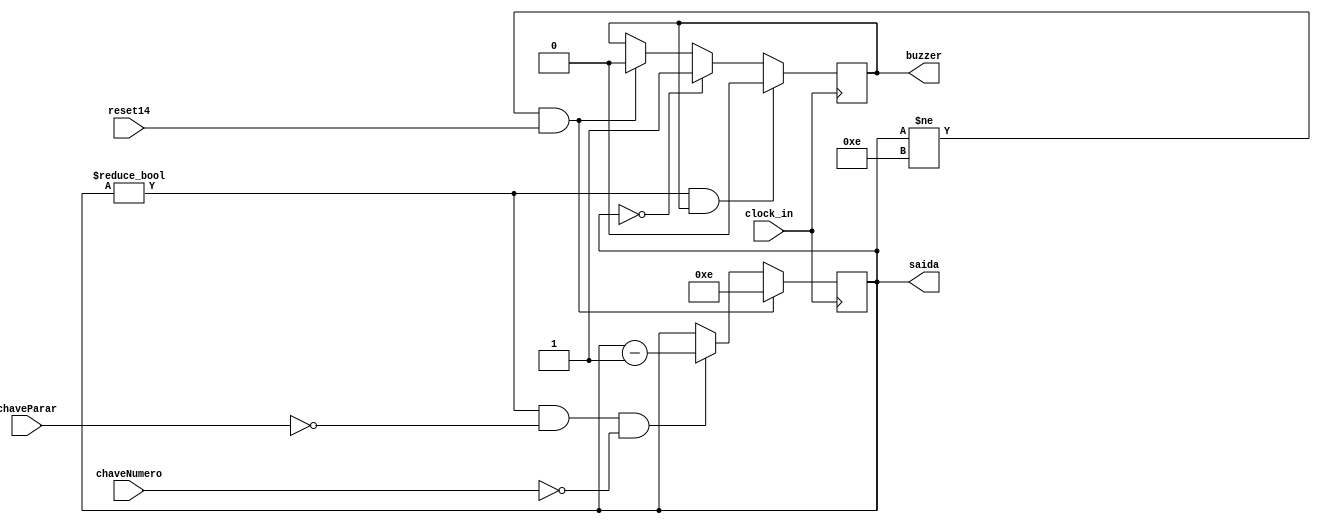
module cronometroRegressivo14(clock_in, reset14, chaveParar, chaveNumero, saida, buzzer);

	//entradas
	input clock_in, chaveParar, reset14, chaveNumero;
	
	//saidas
	output[4:0] saida;
	output buzzer;
		
	//Registrador
	reg [4:0] counter;
	reg nBuzzer;

	initial counter = 5'b01110;
	initial nBuzzer = 1'b0;
	
	assign saida = counter;
	assign buzzer = nBuzzer;
	
	always @(negedge clock_in)
	begin
		if ( counter != 5'b00000 && chaveParar == 1'b0 && chaveNumero == 1'b0) // Verificar se  diferente de 0
		begin
			counter <= counter - 1; // A cada mudana do clock o counter  decrementado
		end
		if (counter != 5'b01110 && reset14 == 1'b1)
		begin 
			nBuzzer <= 1'b0;
			counter <= 5'b01110;
		end 
		if ( counter == 5'b00000)
		begin 
			nBuzzer <= 1'b1; //Ativa o buzzer
		end 
		if (counter != 5'b00000 && nBuzzer == 1'b1)
		begin 
			nBuzzer <= 1'b0;
		end 
	end 

endmodule